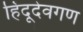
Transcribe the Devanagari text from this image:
हिंदूदेवगण